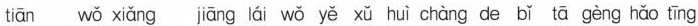
tiān wǒ xiǎng jiāng lái wǒ yě xǔ huì chàng de bǐ tā gèng hǎo tīng